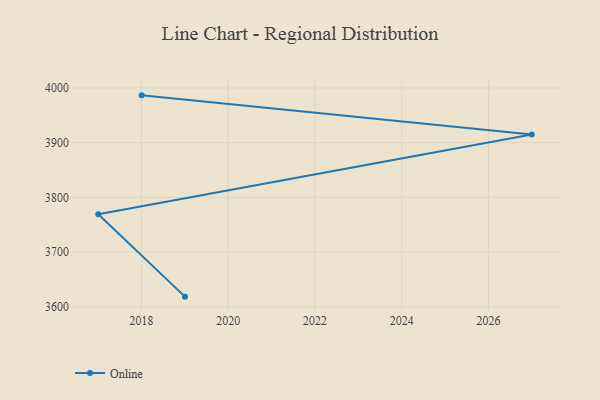
{"axis": {"x": "Year", "y": "Tickets Resolved"}, "legend": ["Online"], "data": [{"x": "2018", "y": 3986.5, "type": "Online"}, {"x": "2027", "y": 3914.9, "type": "Online"}, {"x": "2017", "y": 3769.1, "type": "Online"}, {"x": "2019", "y": 3618.5, "type": "Online"}]}